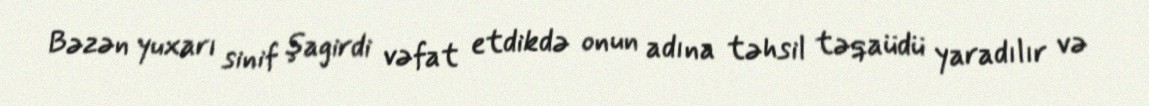
Bəzən yuxarı sinif şagirdi vəfat etdikdə onun adına təhsil təqaüdü yaradılır və